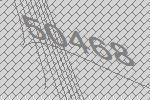
50468